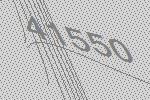
41550